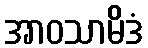
အာဝသာမိဒံ